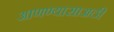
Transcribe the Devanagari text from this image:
आणण्यासाअठी